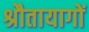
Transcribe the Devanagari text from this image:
श्रौतायागों